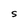
Character: S